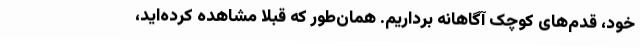
خود، قدم‌های کوچک آگاهانه برداریم. همان‌طور که قبلاً مشاهده کرده‌اید،